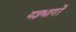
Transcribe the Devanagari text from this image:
यज्ञभागों